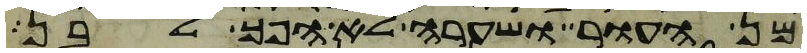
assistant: מן העור ושערה לא הפך לבן